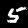
Label: 5